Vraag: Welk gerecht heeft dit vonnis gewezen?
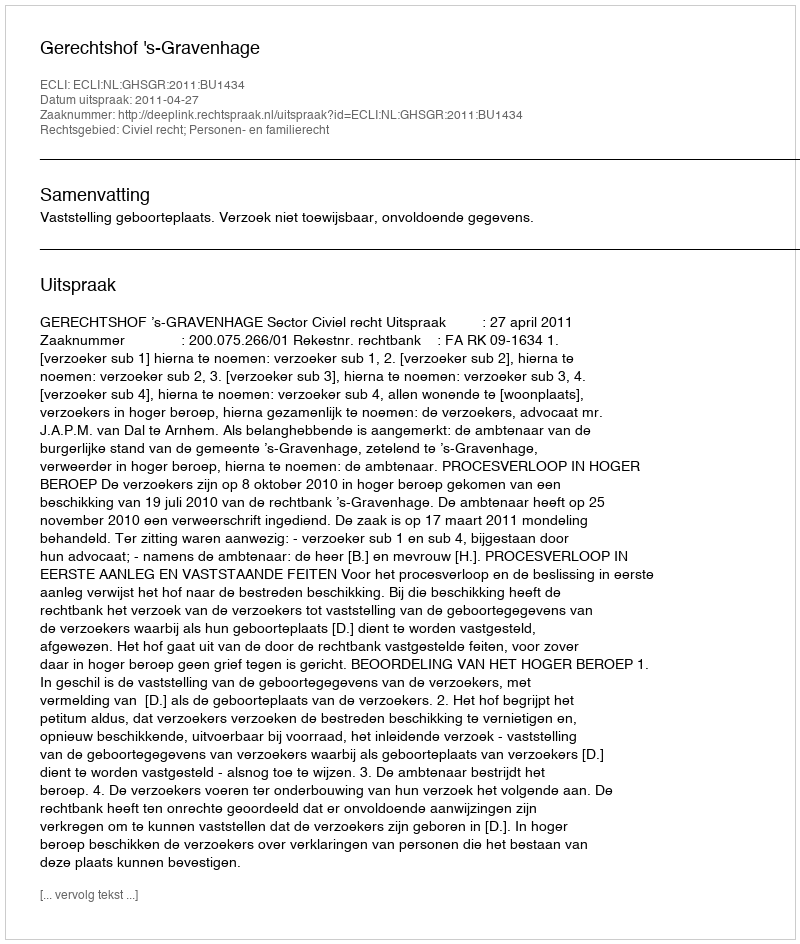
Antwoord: Gerechtshof 's-Gravenhage